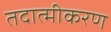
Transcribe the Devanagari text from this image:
तदात्मीकरण